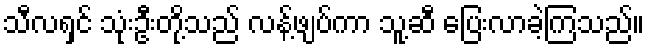
သီလရှင် သုံးဦးတို့သည် လန့်ဖျပ်ကာ သူ့ဆီ ပြေးလာခဲ့ကြသည်။